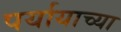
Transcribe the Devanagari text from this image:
पर्यायाच्या